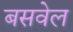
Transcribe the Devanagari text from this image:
बसवेल